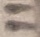
Text: 11